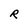
Character: R